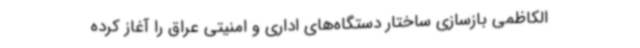
الکاظمی بازسازی ساختار دستگاه‌های اداری و امنیتی عراق را آغاز کرده